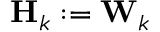
\mathbf { H } _ { k } : = \mathbf { W } _ { k }